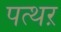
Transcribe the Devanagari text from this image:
पत्थऱ